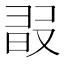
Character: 𣆸